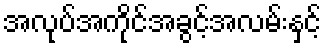
အလုပ်အကိုင်အခွင့်အလမ်းနှင့်